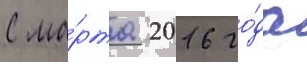
С ма́рта 2016 го́да